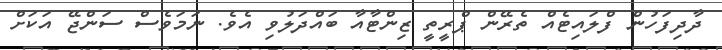
ދާދިފަހުން ފްލައިޓެއް ތެރޭން ޕްރީތީ ޒިންޓާއާ ބައްދަލުވި އެވެ. ނަމަވެސް ސަންޖޭ އަކަށް